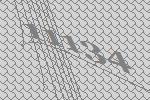
11134